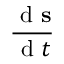
\frac { \mathrm { ~ d ~ } \mathbf { s } } { \mathrm { ~ d ~ } t }